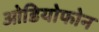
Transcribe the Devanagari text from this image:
ओडियोफोन